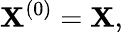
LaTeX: \mathbf{X}^{(0)}=\mathbf{X},